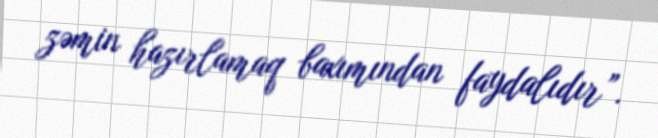
zəmin hazırlamaq baxımından faydalıdır”.